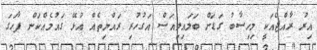
އިރު ރާއްޖެއަކީ މިހިސާބު ގަޑަށް ބަލައިލިއަސް އަގުހުރި ރައްޔިތެއް އުޅޭ ގައުމެއްކަން ފާހަގަ